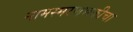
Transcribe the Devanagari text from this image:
नामस्मरणभक्तीचा